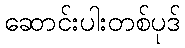
ဆောင်းပါးတစ်ပုဒ်